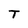
Character: T